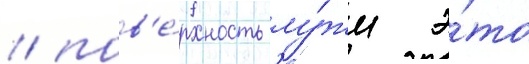
/ пов'е́рхность лу́жи э́то